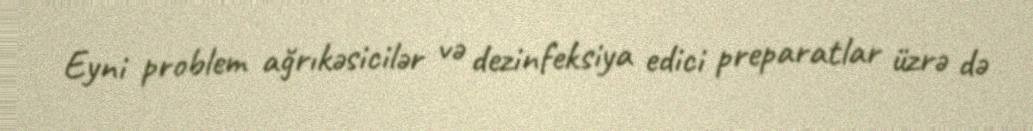
Eyni problem ağrıkəsicilər və dezinfeksiya edici preparatlar üzrə də